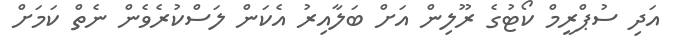
އަދި ސުޕްރީމް ކޯޓުގެ ރޫލިން އަށް ބަލާއިރު އެކަން ލަސްކުރެވެން ނެތް ކަމަށް